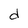
Character: d